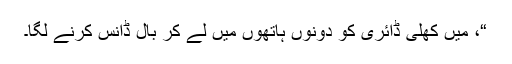
“، میں کھلی ڈائری کو دونوں ہاتھوں میں لے کر بال ڈانس کرنے لگا۔